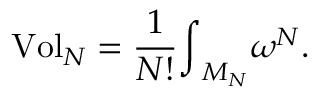
\mathrm { { V o l } } _ { N } = \frac { 1 } { N ! } { \int } _ { M _ { N } } \omega ^ { N } .